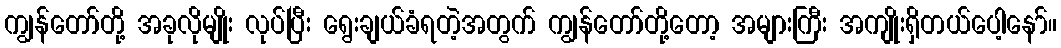
ကျွန်တော်တို့ အခုလိုမျိုး လုပ်ပြီး ရွေးချယ်ခံရတဲ့အတွက် ကျွန်တော်တို့တော့ အများကြီး အကျိုးရှိတယ်ပေါ့နော်။